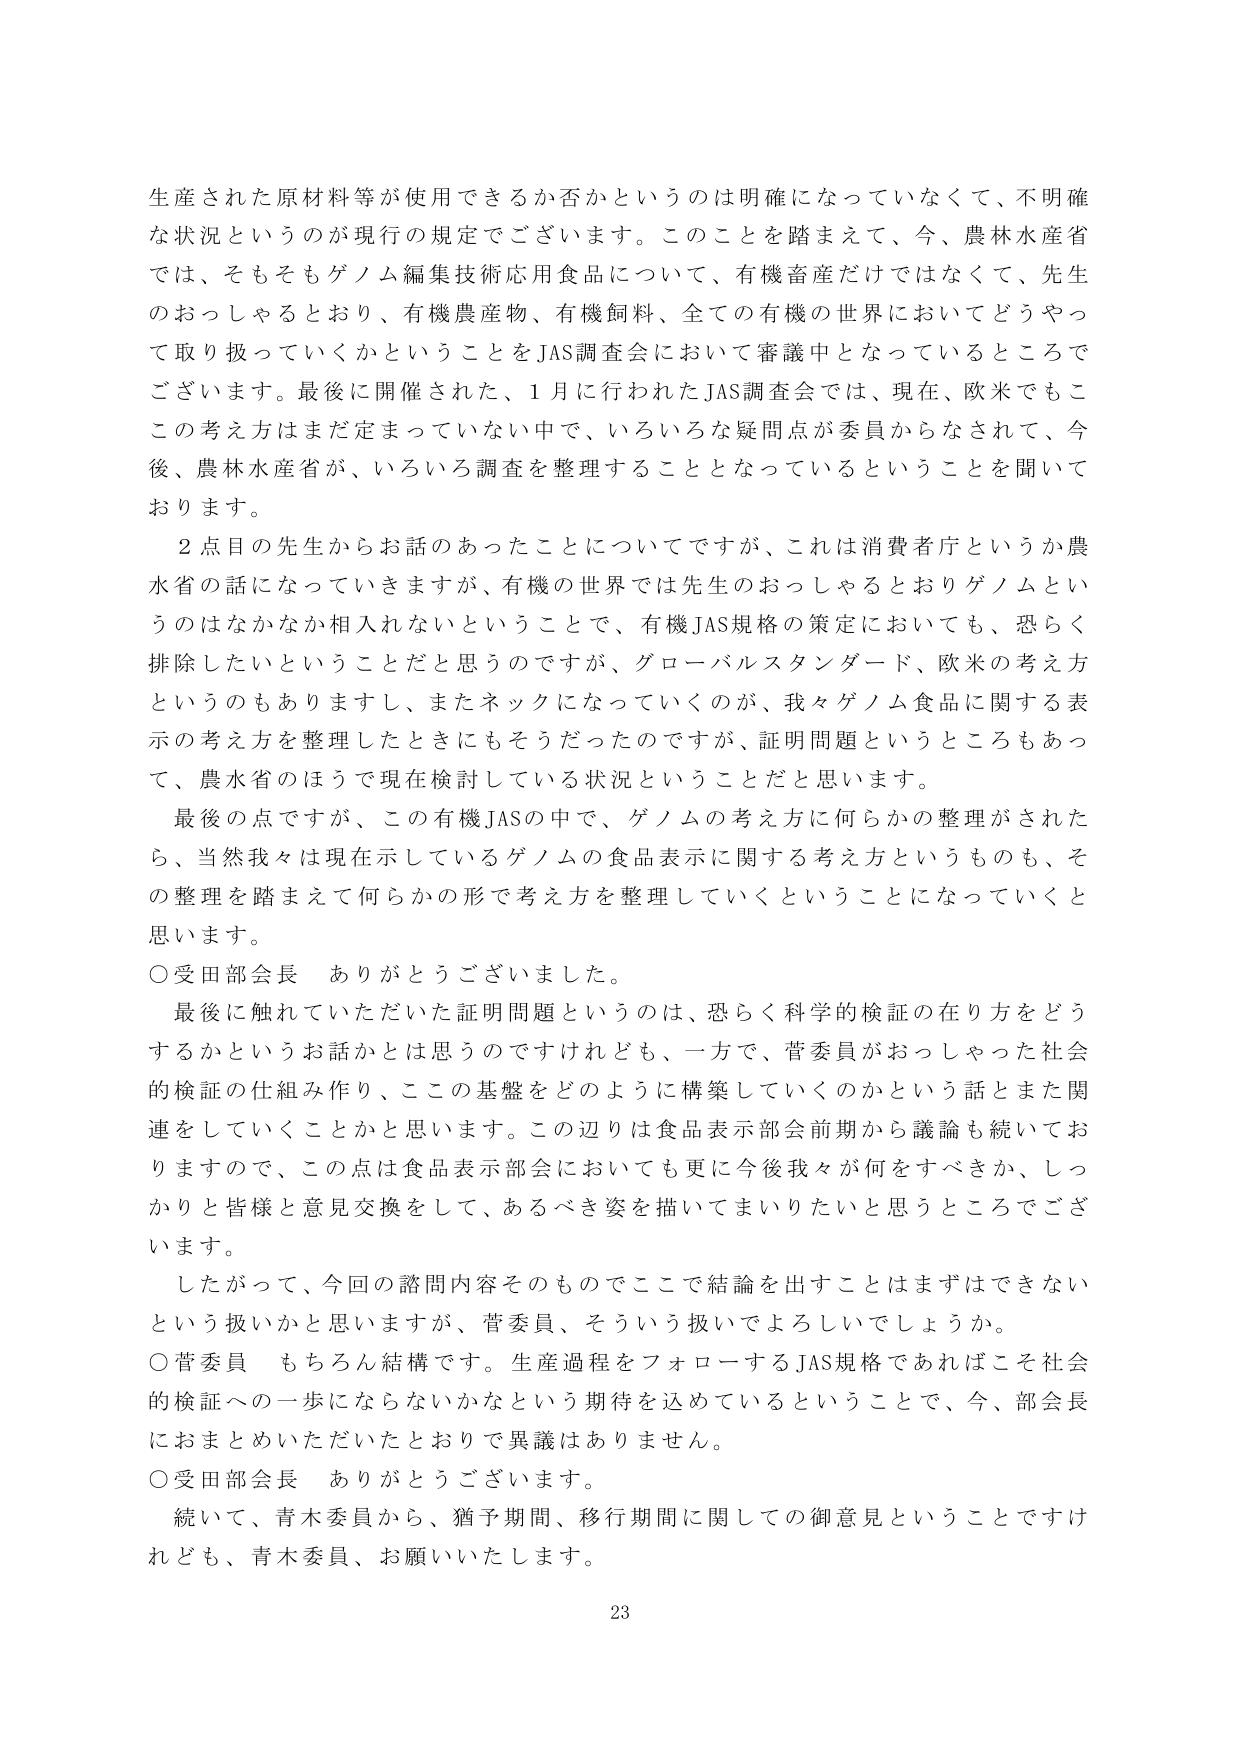
生産された原材料等が使用できるか否かというのは明確になっていなくて、不明確な状況というのが現行の規定でございます。このことを踏まえて、今、農林水産省では、そもそもゲノム編集技術応用食品について、有機畜産だけではなくて、先生のおっしゃるとおり、有機農産物、有機飼料、全ての有機の世界においてどうやって取り扱っていくかということをJAS調査会において審議中となっているところでございます。最後に開催された、1月に行われたJAS調査会では、現在、欧米でもこの考え方はまだ定まっていない中で、いろいろな疑問点が委員からなされて、今後、農林水産省が、いろいろ調査を整理することとなっているということを聞いております。

2点目の先生からお話のあったことについてですが、これは消費者庁というか農水省の話になっていきますが、有機の世界では先生のおっしゃるとおりゲノムというのはなかなか相入れないということで、有機JAS規格の策定においても、恐らく排除したいということだと思うのですが、グローバルスタンダード、欧米の考え方というのもありますし、またネックになっていくのが、我々ゲノム食品に関する表示の考え方を整理したときにもそうだったのですが、証明問題というところもあって、農水省のほうで現在検討している状況ということだと思います。

最後の点ですが、この有機JASの中で、ゲノムの考え方に何らかの整理がされたら、当然我々は現在示しているゲノムの食品表示に関する考え方というのも、その整理を踏まえて何らかの形で考え方を整理していくということになっていくと思います。

○受田部会長　ありがとうございました。

最後に触れていただいた証明問題というのは、恐らく科学的検証の在り方をどうするかというお話かとは思うのですけれども、一方で、菅委員がおっしゃった社会的検証の仕組み作り、この基盤をどのように構築していくのかという話とまた関連をしていくことかと思います。この辺りは食品表示部会前期から議論も続いておりますので、この点は食品表示部会においても更に今後我々が何をすべきか、しっかりと皆様と意見交換をして、あるべき姿を描いてまいりたいと思うところでございます。

したがって、今回の諮問内容そのものでここで結論を出すことはまずはできないという扱いかと思いますが、菅委員、そういう扱いでよろしいでしょうか。

○菅委員　もちろん結構です。生産過程をフォローするJAS規格であればこそ社会的検証への一歩にならないかなという期待を込めているということで、今、部会長におまとめいただいたとおりで異議はありません。

○受田部会長　ありがとうございます。

続いて、青木委員から、猶予期間、移行期間に関しての御意見ということでなければ、青木委員、お願いいたします。

23